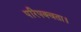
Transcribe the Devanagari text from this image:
परिपक्वता।